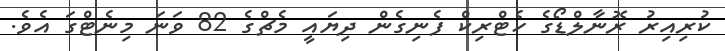
ކުރިއިރު ރޮނާލްޑޯގެ ހެޓްރިކް ފެނިގެން ދިޔައީ މެޗްގެ 82 ވަނަ މިނެޓްގަ އެވެ.